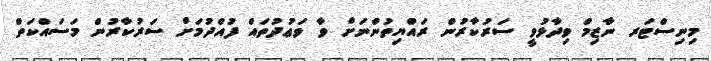
މިނިސްޓަރ ނާޒިމް ވިދާޅުވީ ސަރުކާރުން ރައްޔިތުންނަށް ވާ ވަޢުދުތައް ފުއްދުމަށް ސަރުކާރުން މަސައްކަތް